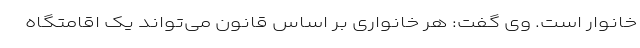
خانوار است. وی گفت: هر خانواری بر اساس قانون می‌تواند یک اقامتگاه